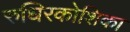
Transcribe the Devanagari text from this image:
रुधिरकोशिका